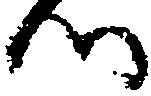
つ